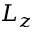
L _ { z }